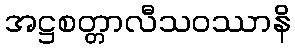
အဋ္ဌစတ္တာလီသဝဿာနိ